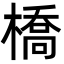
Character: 橋